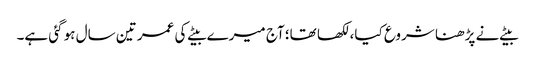
بیٹے نے پڑھنا شروع کیا، لکھا تھا؛ آج میرے بیٹے کی عمر تین سال ہو گئی ہے۔